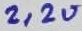
Text: 2,2u